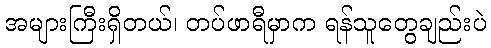
အများကြီးရှိတယ်၊ တပ်ဖာရီမှာက ရန်သူတွေချည်းပဲ